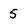
Character: 5